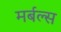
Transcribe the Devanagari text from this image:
मर्बल्स